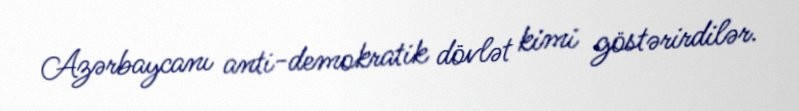
Azərbaycanı anti-demokratik dövlət kimi göstərirdilər.